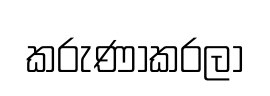
කරුණාකරලා